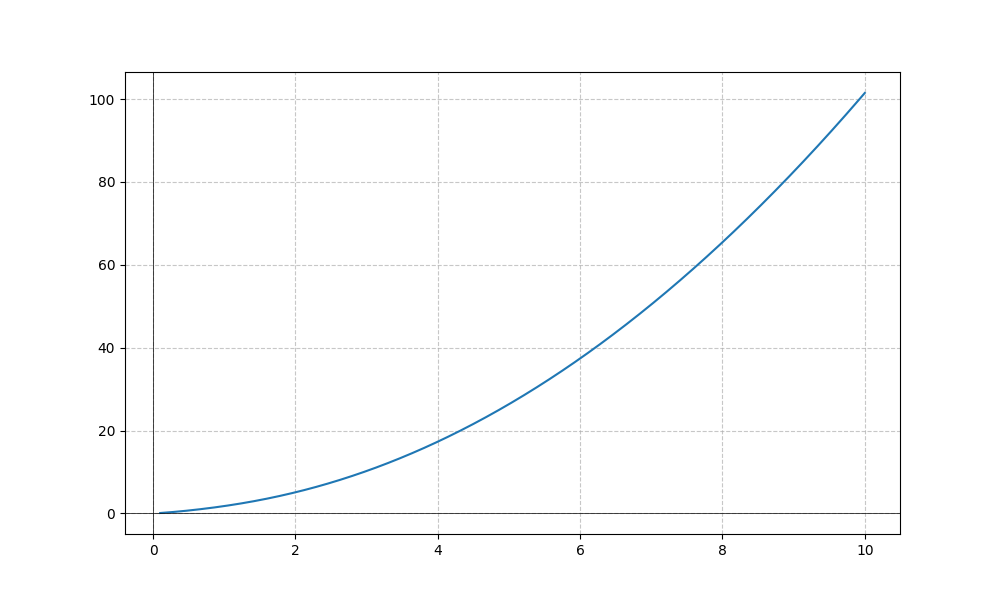
LaTeX formula: x^{2} + \operatorname{atan}{\left(x \right)}